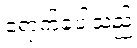
ရောက်ခဲ့ပါသည်